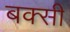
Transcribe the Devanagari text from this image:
बक्सी